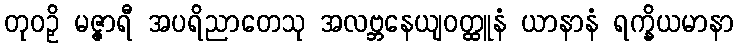
တုဝဉှိ မဇ္ဇာရီ အပရိညာတေသု အလဗ္ဘနေယျဝတ္ထူနံ ယာနာနံ ရက္ခိယမာနာ